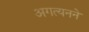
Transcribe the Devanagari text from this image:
अगत्यनने